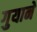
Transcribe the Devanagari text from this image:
गुयाने